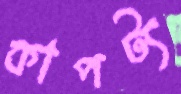
কাপট্য